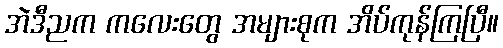
အဲဒီညက ကလေးတွေ အများစုက အိပ်ကုန်ကြပြီ။